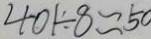
4 0 1 \div 8 \approx 5 0